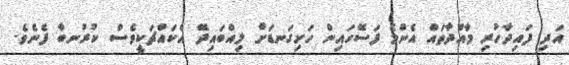
އަދި ފައިދާހުރި މާއްދާތައް އެންމެ ފަސޭހައިން ހަށިގަނޑަށް ލިއްބައިދޭ އެކައްޗަކީވެސް ކުރުނބާ ފެނެވެ.